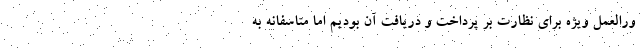
ورالعمل ویژه برای نظارت بر پرداخت و دریافت آن بودیم اما متاسفانه به